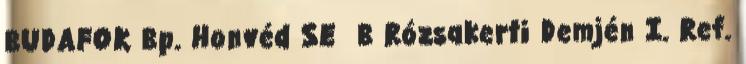
BUDAFOK Bp. Honvéd SE B Rózsakerti Demjén I. Ref.